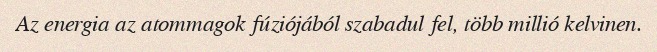
Az energia az atommagok fúziójából szabadul fel, több millió kelvinen.